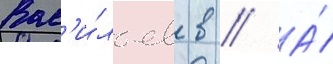
Вас'и́льев в // А́